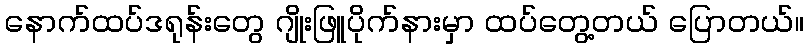
နောက်ထပ်ဒရုန်းတွေ ဂျိုးဖြူပိုက်နားမှာ ထပ်တွေ့တယ် ပြောတယ်။